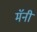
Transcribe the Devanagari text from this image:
मॅनी